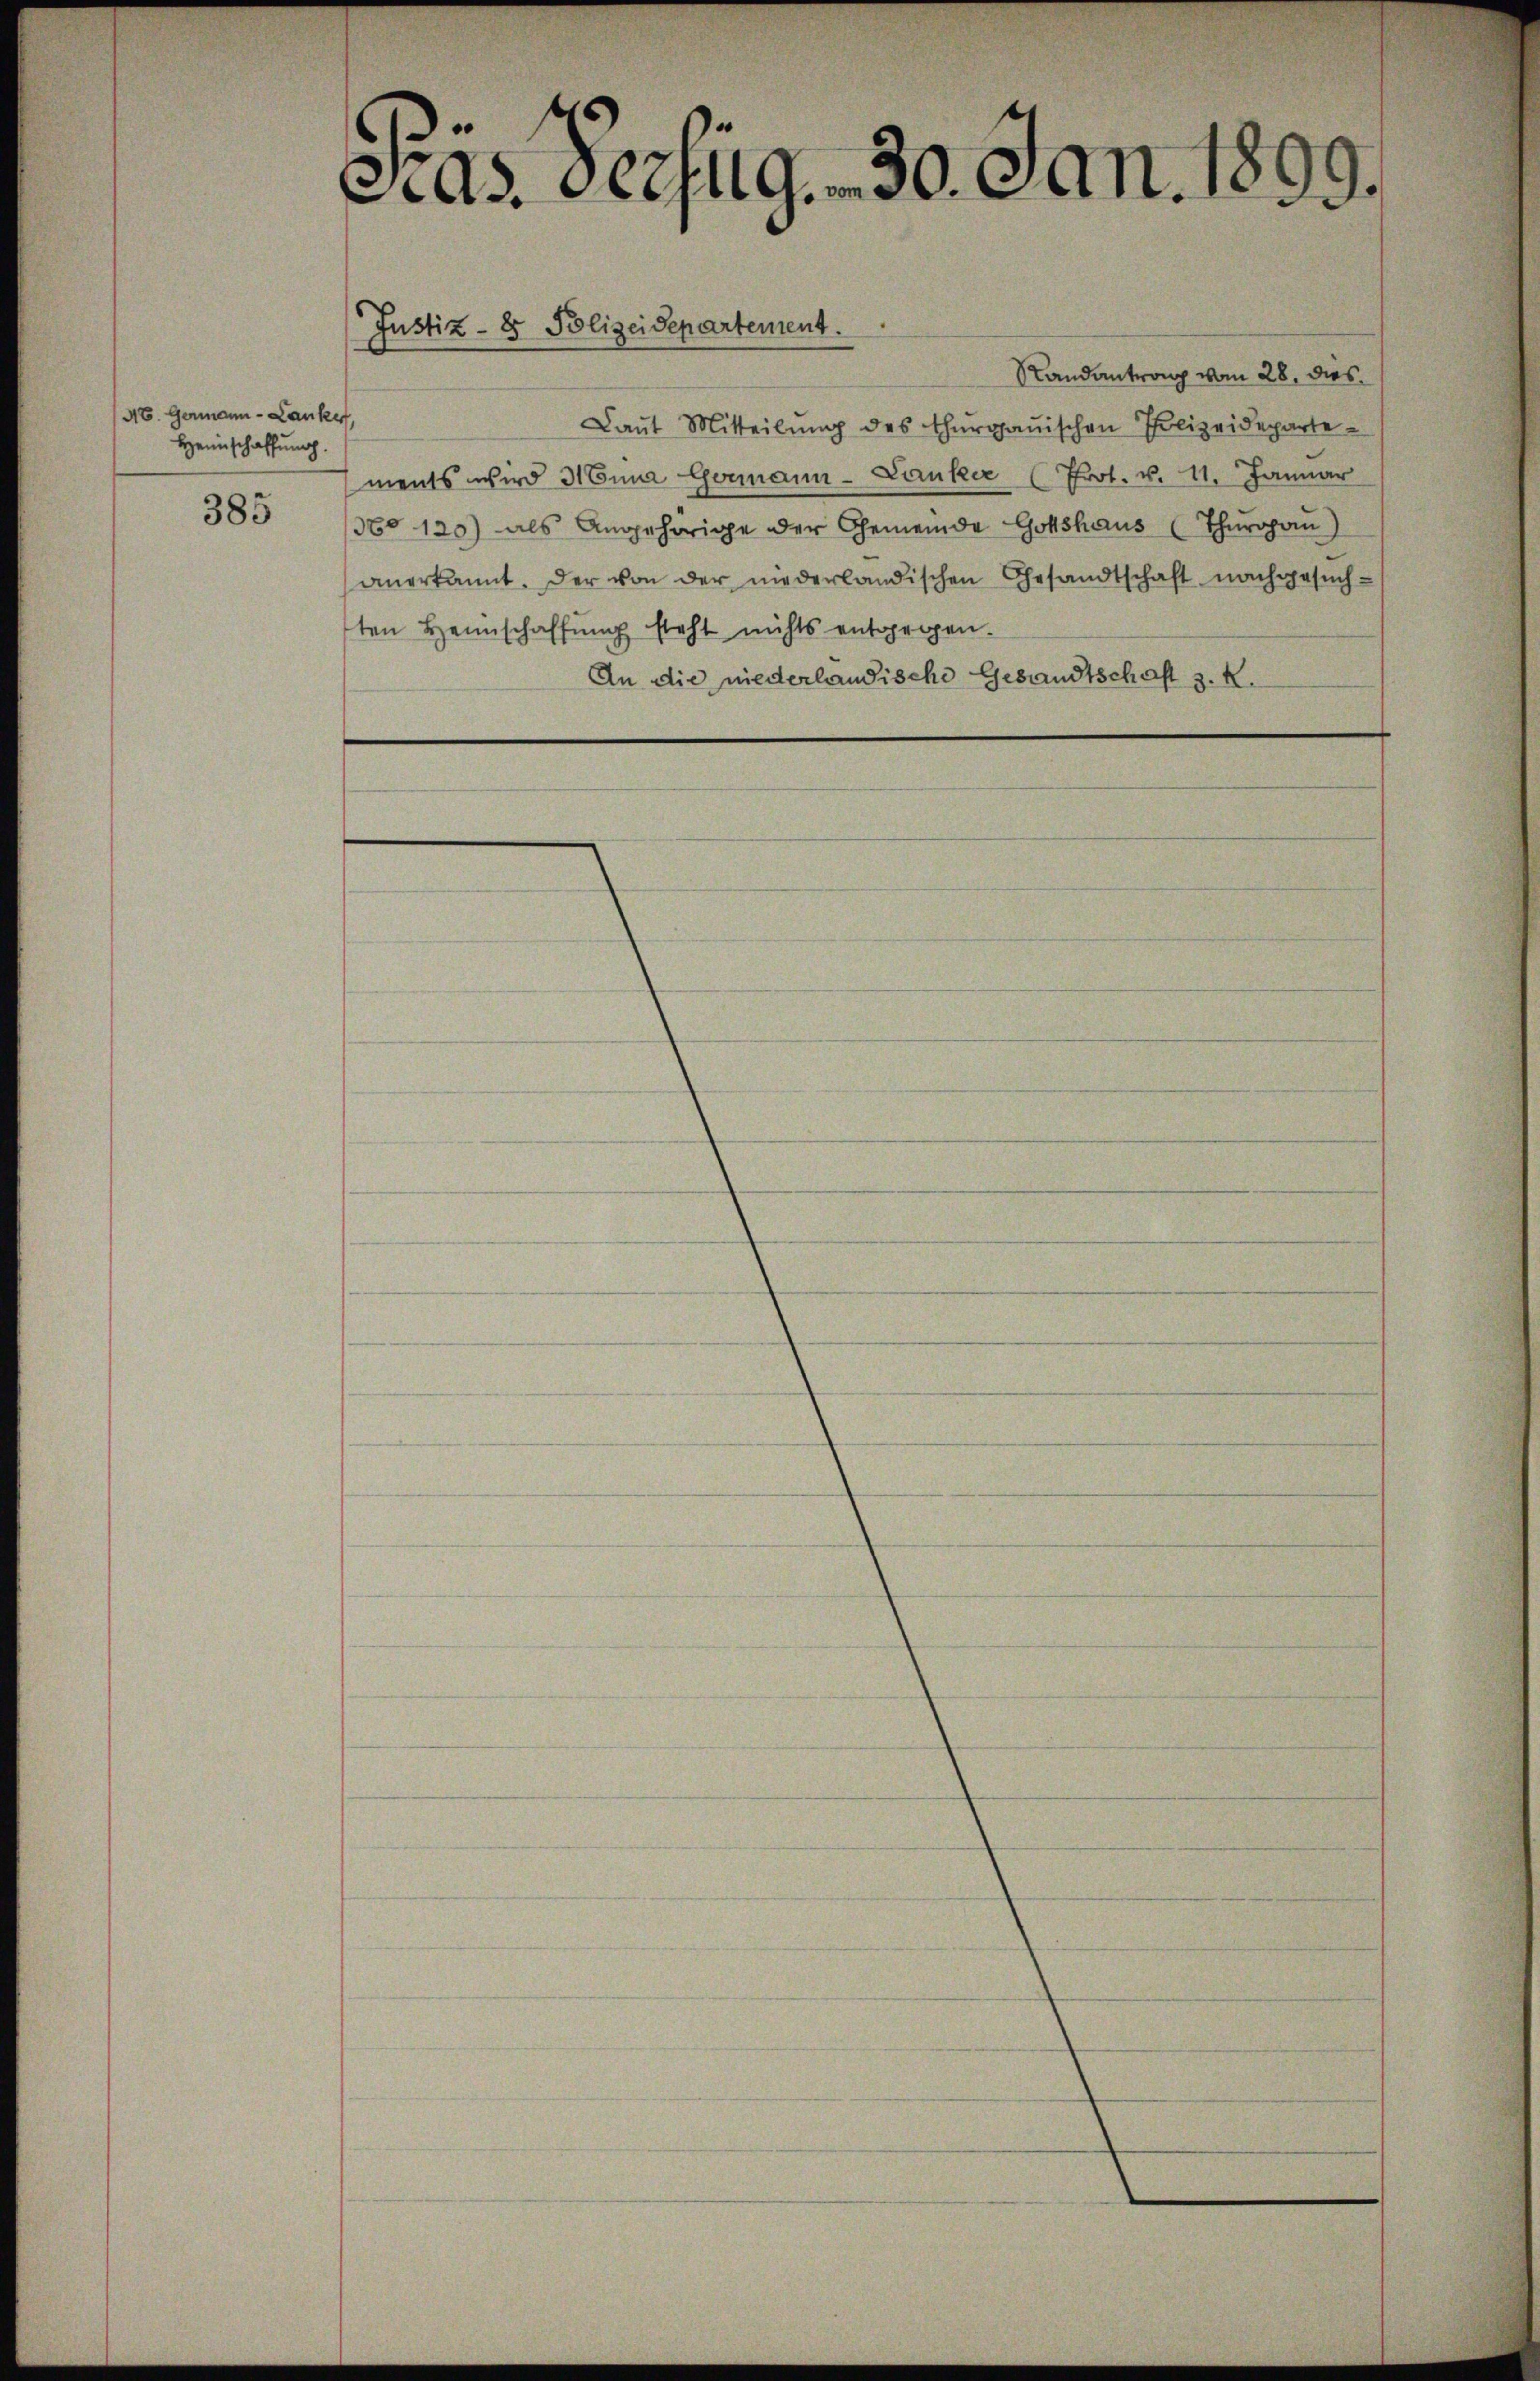
AC. Germann - Lanker,
Heimschaffung.

385

cias Verzug. - 30. Jan. 1899.

Justiz- & Polizeidepartement.

Randantrag vom 28. dies
Laŭt Mitteilŭng des Thurgauischen Polizeidepartements wird Anna Germann-Lauker (Prot. v. 11. Januar
360 120) als Angehörige der Gemeinde Gottshaus (Thurgau)
anerkannt. Der von der niederländischen Gesandtschaft nachgesŭch-
ten Heimschaffŭng steht nichts entgegen.
An die niederlandische Gesandtschaft z. K.